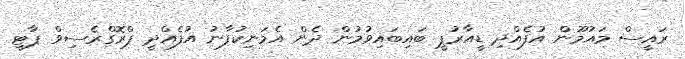
ރައީސް މައުމޫން އުފެއްދި ޑީއާރުޕީ ބައިބައިވުމުން ދެން އެމަނިކުފާނު އުފެއްދީ ޕްރޮގްރެސިވް ޕާޓީ